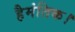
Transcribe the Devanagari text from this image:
हैमंतिक।